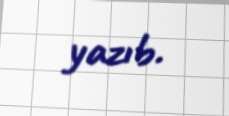
yazıb.